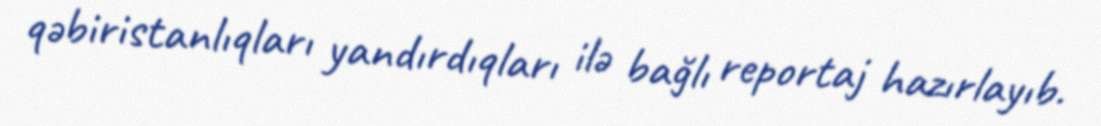
qəbiristanlıqları yandırdıqları ilə bağlı reportaj hazırlayıb.